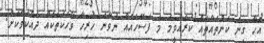
އެހާ ގިނަ ކަންތައްތައް ކުރެއްވީމަ މަ ފަސޭހައެއް ނުވާނެ ހުރިހާ ވާހަކަތަކެއް ދައްކަވާކަށް.